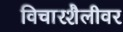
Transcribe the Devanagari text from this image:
विचारशैलीवर